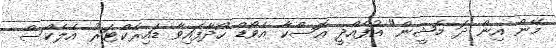
މޭން އިން ދަ މެޝީން" އުފެއްދީ އޮސްކާ އެވޯޑް ހޯދާފައިވާ ޑައިރެކްޓަރު އެލެކްސް